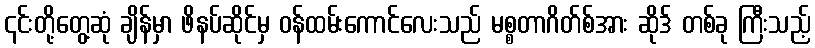
၎င်းတို့တွေ့ဆုံ ချိန်မှာ ဖိနပ်ဆိုင်မှ ဝန်ထမ်းကောင်လေးသည် မစ္စတာဂိတ်စ်အား ဆိုဒ် တစ်ခု ကြီးသည့်